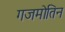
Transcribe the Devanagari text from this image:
गजमोतिन